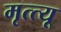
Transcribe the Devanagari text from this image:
मृत्त्यू